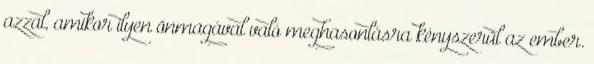
azzal, amikor ilyen önmagával való meghasonlásra kényszerül az ember.